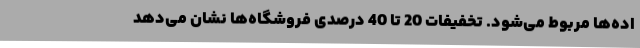
اده‌ها مربوط می‌شود. تخفیفات 20 تا 40 درصدی فروشگاه‌ها نشان می‌دهد